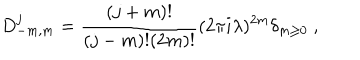
D _ { - m , m } ^ { j } = { \frac { ( j + m ) ! } { ( j - m ) ! ( 2 m ) ! } } ( 2 \pi i \lambda ) ^ { 2 m } \delta _ { m \geq 0 } ~ ,